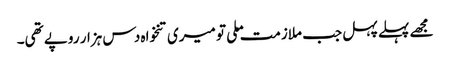
مجھے پہلے پہل جب ملازمت ملی تو میری تنخواہ دس ہزار روپے تھی۔